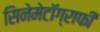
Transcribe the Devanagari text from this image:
सिनेमेटॉग्राफी